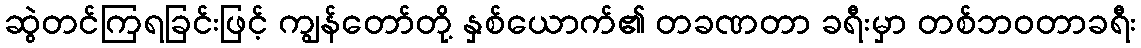
ဆွဲတင်ကြရခြင်းဖြင့် ကျွန်တော်တို့ နှစ်ယောက်၏ တခဏတာ ခရီးမှာ တစ်ဘဝတာခရီး